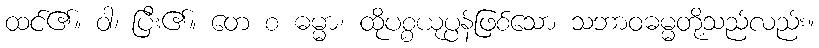
ထင်၏။ ဝါ၊ ပြီး၏။ တေ စ ဓမ္မာ၊ ထိုပစ္စယုပ္ပန်ဖြစ်သော သဘာဝဓမ္မတို့သည်လည်း။